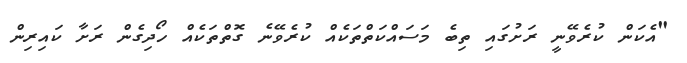
"އެކަން ކުރެވޭނީ ރަށުގައި ތިބެ މަސައްކަތްތަކެއް ކުރެވޭނެ ގޮތްތަކެއް ހޯދިގެން ރަށާ ކައިރިން